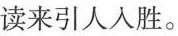
读来引人人胜。